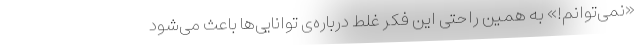
«نمی‌توانم!» به همین راحتی این فکر غلط درباره‌ی توانایی‌ها باعث می‌شود